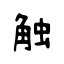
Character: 触